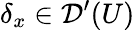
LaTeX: \delta_{x}\in{\mathcal{D}}^{\prime}(U)